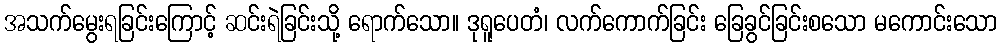
အသက်မွေးရခြင်းကြောင့် ဆင်းရဲခြင်းသို့ ရောက်သော။ ဒုရူပေတံ၊ လက်ကောက်ခြင်း ခြေခွင်ခြင်းစသော မကောင်းသော